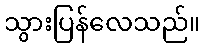
သွားပြန်လေသည်။